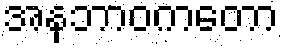
အနဘာဝကတော